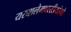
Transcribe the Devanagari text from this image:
यरुशलेमवासीयांनो